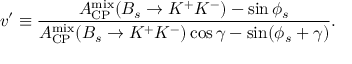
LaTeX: v ^ { \prime } \equiv \frac { { \cal A } _ { \mathrm { C P } } ^ { \mathrm { m i x } } ( B _ { s } \to K ^ { + } K ^ { - } ) - \sin \phi _ { s } } { { \cal A } _ { \mathrm { C P } } ^ { \mathrm { m i x } } ( B _ { s } \to K ^ { + } K ^ { - } ) \cos \gamma - \sin ( \phi _ { s } + \gamma ) } .